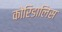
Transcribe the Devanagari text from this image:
कोरिडालिस